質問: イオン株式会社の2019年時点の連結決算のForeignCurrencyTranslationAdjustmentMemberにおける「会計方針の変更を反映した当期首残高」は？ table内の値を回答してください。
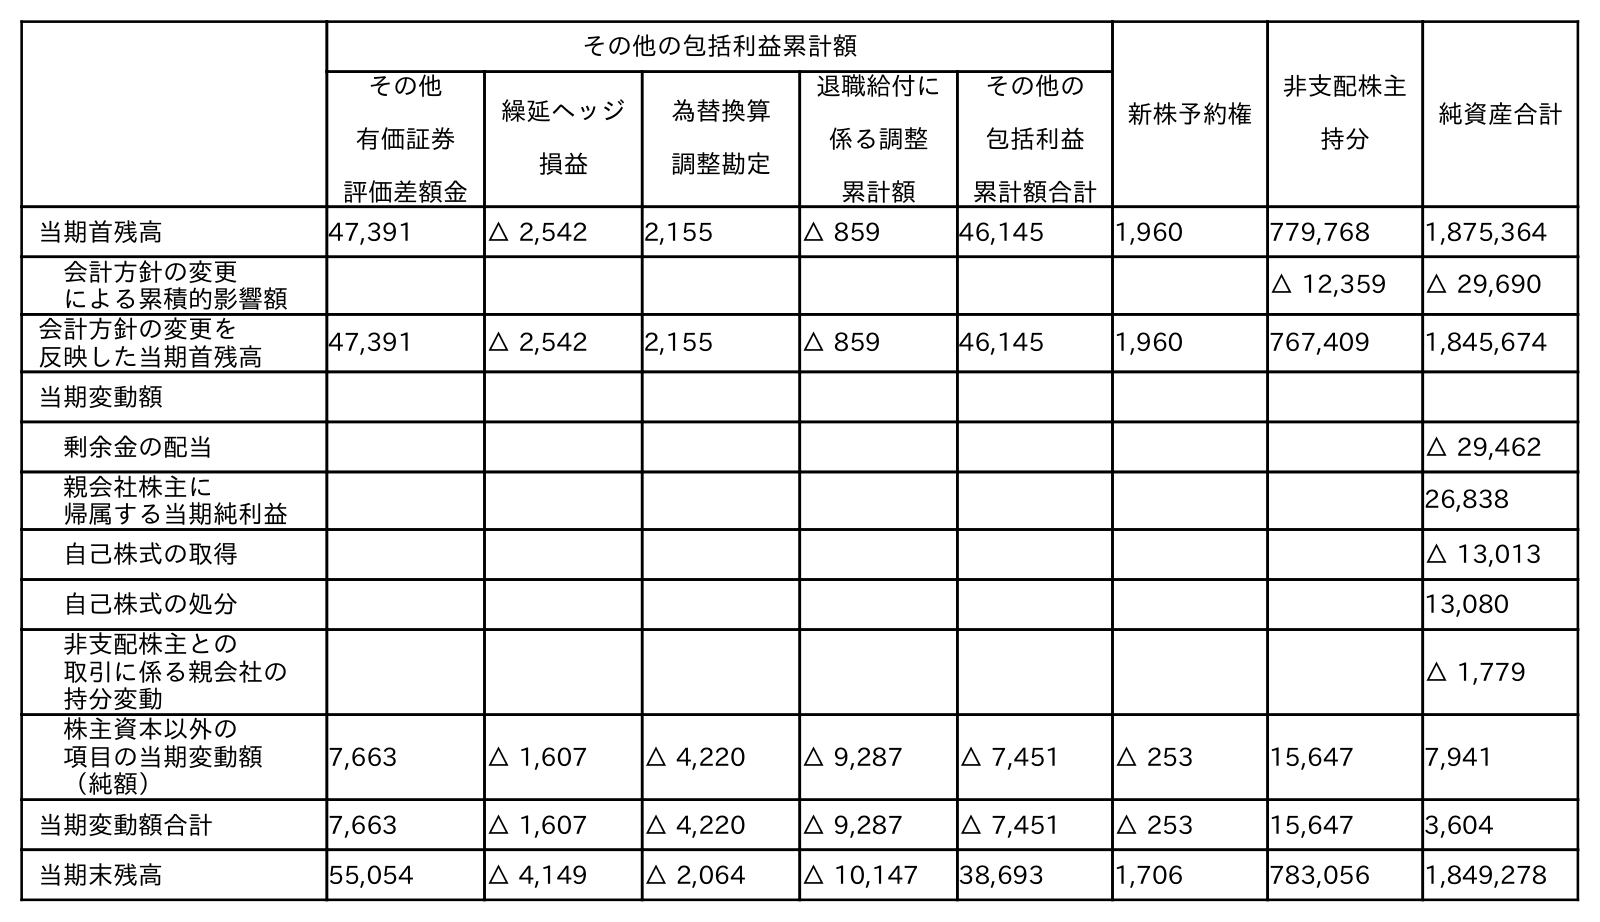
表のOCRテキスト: その他の包括利益累計額 新株予約権 非支配株主 持分 純資産合計 その他 有価証券 評価差額金 繰延ヘッジ 損益 為替換算 調整勘定 退職給付に 係る調整 累計額 その他の 包括利益 累計額合計 当期首残高 47,391 △ 2,542 2,155 △ 859 46,145 1,960 779,768 1,875,364 会計方針の変更 による累積的影響額 △ 12,359 △ 29,690 会計方針の変更を 反映した当期首残高 47,391 △ 2,542 2,155 △ 859 46,145 1,960 767,409 1,845,674 当期変動額 剰余金の配当 △ 29,462 親会社株主に 帰属する当期純利益 26,838 自己株式の取得 △ 13,013 自己株式の処分 13,080 非支配株主との 取引に係る親会社の 持分変動 △ 1,779 株主資本以外の 項目の当期変動額 （純額） 7,663 △ 1,607 △ 4,220 △ 9,287 △ 7,451 △ 253 15,647 7,941 当期変動額合計 7,663 △ 1,607 △ 4,220 △ 9,287 △ 7,451 △ 253 15,647 3,604 当期末残高 55,054 △ 4,149 △ 2,064 △ 10,147 38,693 1,706 783,056 1,849,278
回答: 2,155